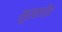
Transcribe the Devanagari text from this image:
मुखाचीच